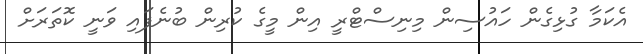
އެކަމާ ގުޅިގެން ހައުސިން މިނިސްޓްރީ އިން މީގެ ކުރިން ބުނެފައި ވަނީ ކޮތަރަށް